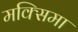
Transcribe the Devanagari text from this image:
मक्सिमा